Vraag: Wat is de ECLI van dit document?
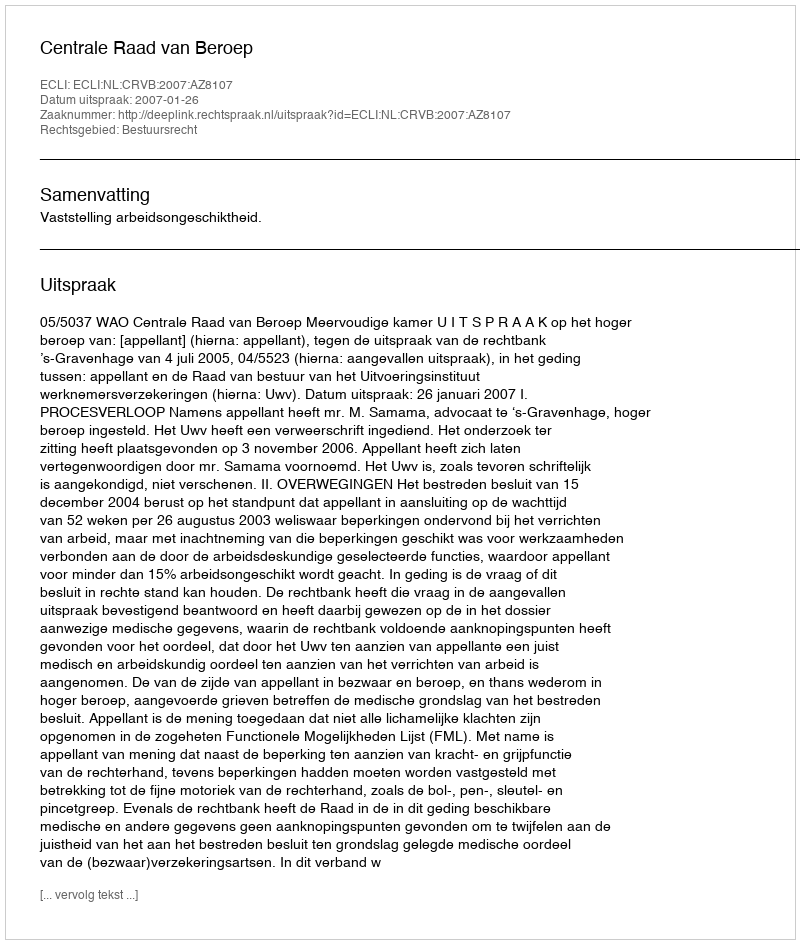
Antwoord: ECLI:NL:CRVB:2007:AZ8107